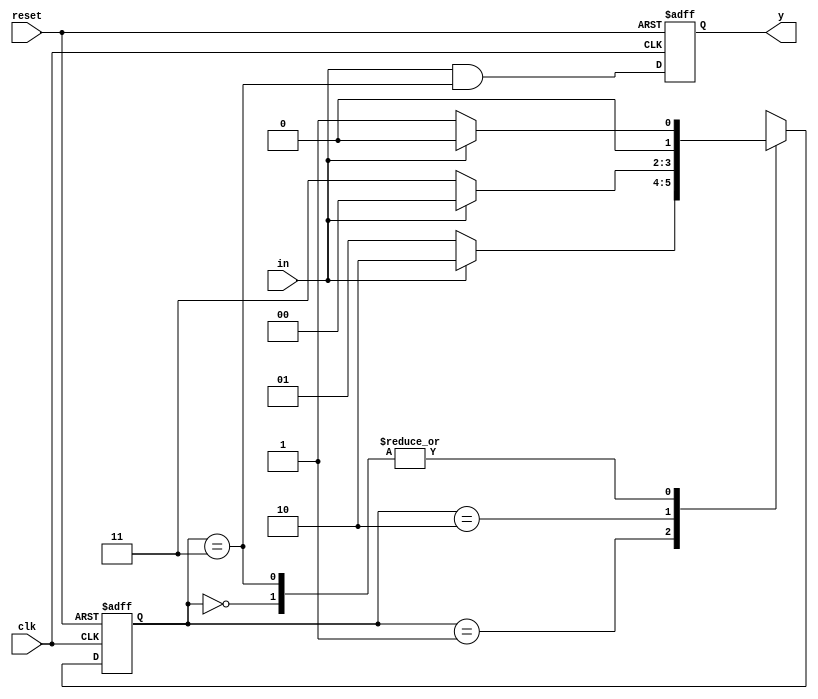
`timescale 1ns / 1ps

module mealy_0101(output reg y, input clk, reset, in);
  reg [1:0]next_state = 0;
  reg [1:0]state = 0;
  
  parameter s0 = 2'b00, s1 = 2'b01, s2 = 2'b10, s3 = 2'b11;
  
  //present state block
  always @(posedge clk or posedge reset)
    begin
      if(reset)
      	state <= s0;
      else
        state <= next_state;
    end
  
  //next state and output block
  always @(*)
    begin 
      case(state)
        s0: next_state <= in ? s0 : s1;
        s1: next_state <= in ? s2 : s1;
        s2: next_state <= in ? s0 : s3;
        s3: next_state <= in ? s0 : s1;
        default: next_state <= s0;
      endcase
    end
  
  //output block
  always @(posedge clk or posedge reset)
    begin
      if(reset)
      	y <= 1'b0;
      else
        y <= in && (state == s3);
    end  
endmodule